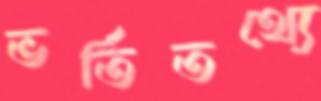
ভর্তিতথ্যে